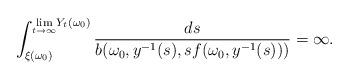
LaTeX: \begin{align*}\int_{\xi (\omega _{0})}^{\underset{t\rightarrow \infty }{\lim }Y_{t}(\omega_{0})}\frac{ds}{b(\omega _{0},y^{-1}(s),sf(\omega _{0},y^{-1}(s)))}=\infty .\end{align*}